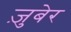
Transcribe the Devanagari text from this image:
ज़ुबेर